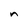
Character: n